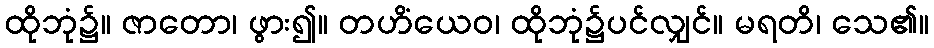
ထိုဘုံ၌။ ဇာတော၊ ဖွား၍။ တဟိံယေဝ၊ ထိုဘုံ၌ပင်လျှင်။ မရတိ၊ သေ၏။